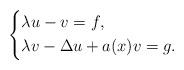
LaTeX: \begin{align*} \begin{dcases} \lambda u - v = f, \\ \lambda v - \Delta u + a(x)v = g. \end{dcases}\end{align*}